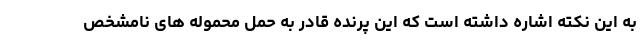
به این نکته اشاره داشته است که این پرنده قادر به حمل محموله های نامشخص